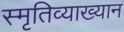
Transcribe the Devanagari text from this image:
स्मृतिव्याख्यान